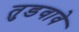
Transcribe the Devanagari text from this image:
तुडवावे